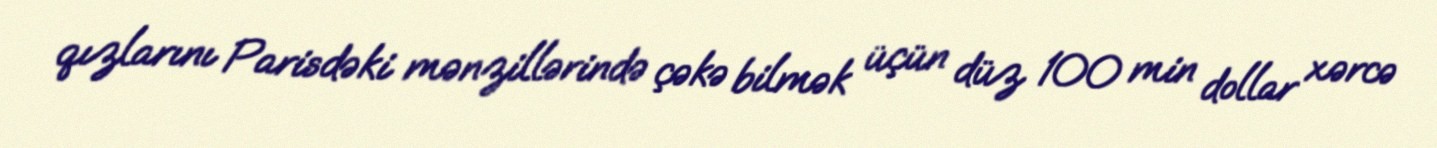
qızlarını Parisdəki mənzillərində çəkə bilmək üçün düz 100 min dollar xərcə